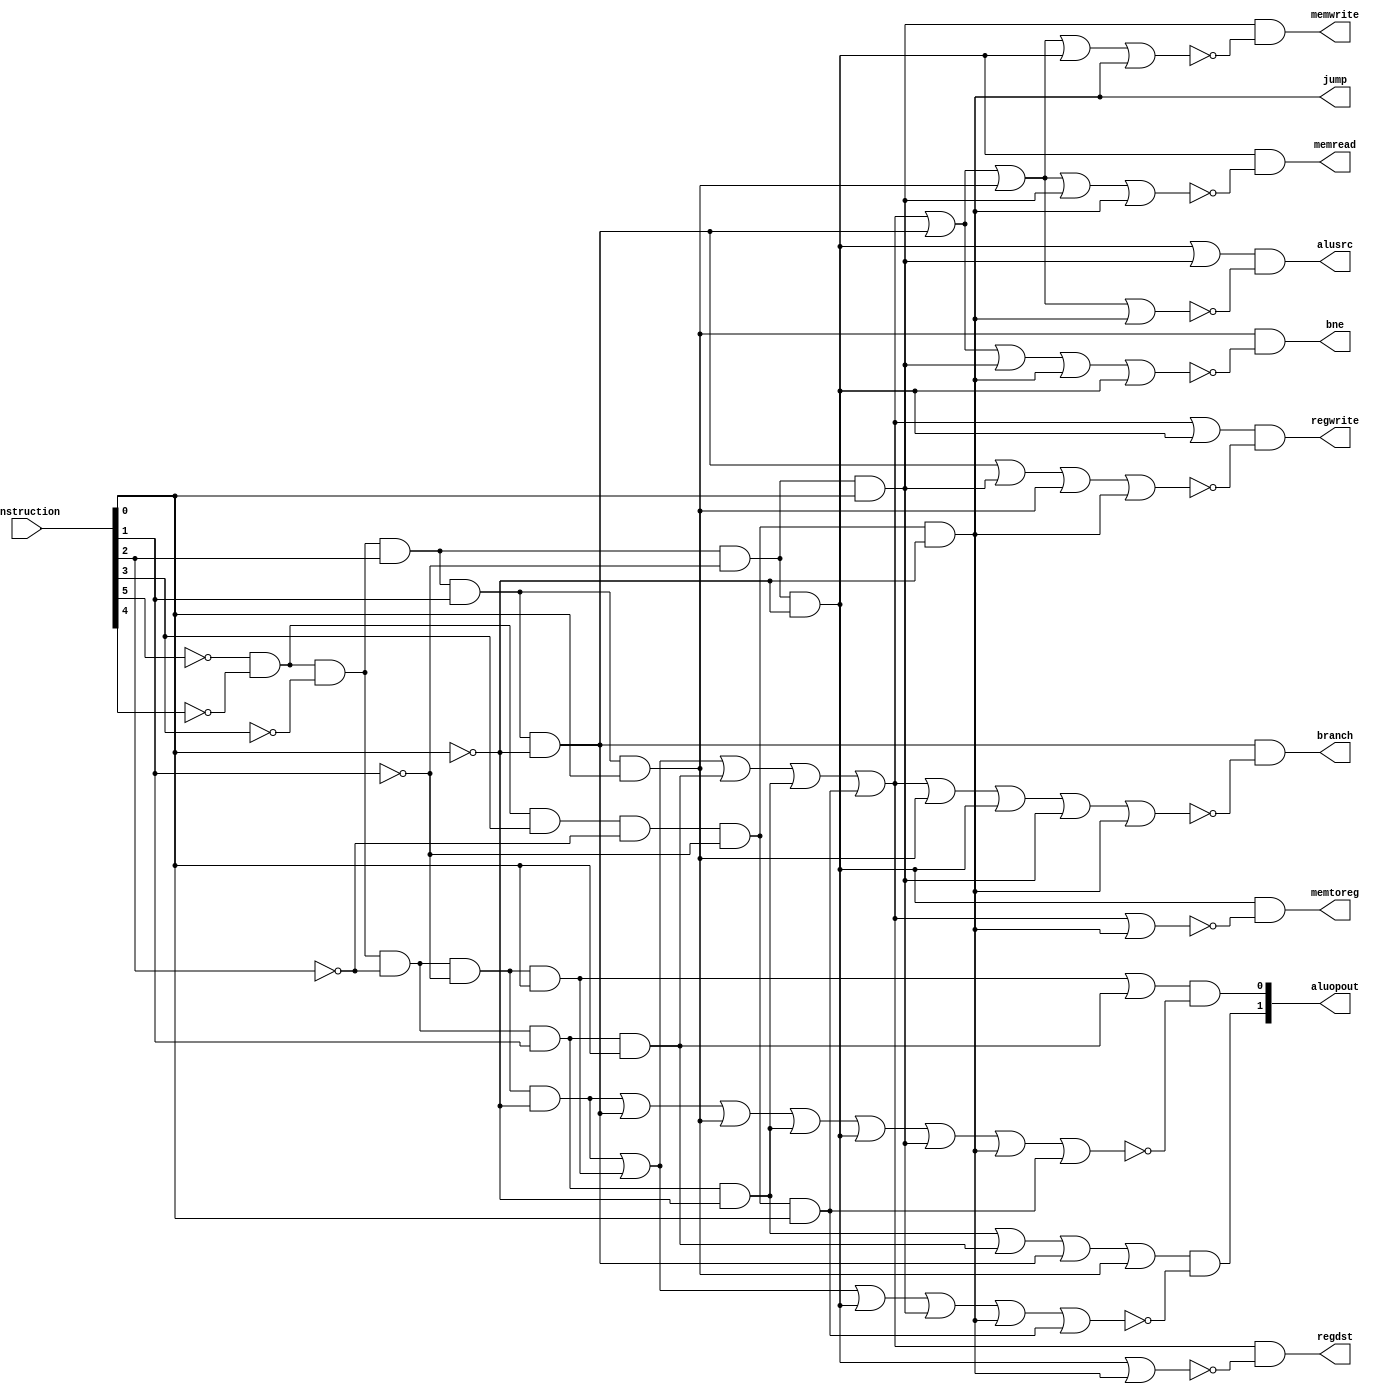
module controlunit (
   input wire [5:0] instruction,
   output wire regdst,
   output wire alusrc,
   output wire memtoreg,
   output wire regwrite,
   output wire memread,
   output wire memwrite,
   output wire branch,
   output wire [1:0] aluopout,
   output wire jump,
   output wire bne
	);

   wire add;
   wire sub;
   wire andop;
   wire orop;
   wire lw;
   wire sw;
   wire beq;
   wire bneop;
   wire jumpop;
   wire slt;
   wire aluop1;
   wire aluop0;

   assign add = ~instruction[5] & ~instruction[4] & ~instruction[3] &
                ~instruction[2] & ~instruction[1] & ~instruction[0];

   assign sub = ~instruction[5] & ~instruction[4] & ~instruction[3] &
                ~instruction[2] & ~instruction[1] & instruction[0];

   assign andop = ~instruction[5] & ~instruction[4] & ~instruction[3] &
                  ~instruction[2] & instruction[1] & ~instruction[0];

   assign orop = ~instruction[5] & ~instruction[4] & ~instruction[3] &
                 ~instruction[2] & instruction[1] & instruction[0];

   assign lw = ~instruction[5] & ~instruction[4] & ~instruction[3] &
               instruction[2] & ~instruction[1] & ~instruction[0];

   assign sw = ~instruction[5] & ~instruction[4] & ~instruction[3] &
               instruction[2] & ~instruction[1] & instruction[0];

   assign beq = ~instruction[5] & ~instruction[4] & ~instruction[3] &
                instruction[2] & instruction[1] & ~instruction[0];

   assign bneop = ~instruction[5] & ~instruction[4] & ~instruction[3] &
                  instruction[2] & instruction[1] & instruction[0];

   assign jumpop = ~instruction[5] & ~instruction[4] & instruction[3] &
                   ~instruction[2] & ~instruction[1] & ~instruction[0];

   assign slt = ~instruction[5] & ~instruction[4] & instruction[3] &
                ~instruction[2] & ~instruction[1] & instruction[0];

   assign regdst = (add | sub | orop | andop | slt) & ~(lw | jumpop);
   assign alusrc = (lw | sw) & ~((add | sub | orop | andop | slt) | beq | bneop | jumpop);
   assign memtoreg = lw & ~((add | sub | orop | andop | slt) | jumpop);
   assign regwrite = (add | sub | orop | andop | slt | lw) & ~(beq | sw | bneop | jumpop);
   assign memread = lw & ~((add | sub | orop | andop | slt) | beq | bneop | sw | jumpop);
   assign memwrite = sw & ~((add | sub | orop | andop | slt) | beq | bneop | lw | jumpop);
   assign branch = beq & ~((add | sub | orop | andop | slt) | bneop | lw | sw | jumpop);

   assign aluop1 = (andop | orop | beq | bneop) & ~(add | sub | lw | sw | jumpop | slt);
   assign aluop0 = (sub | orop) & ~(add | beq | bneop | andop | lw | sw | jumpop | slt);

   assign aluopout[0] = aluop0;
   assign aluopout[1] = aluop1;

   assign bne = bneop & ~((add | sub | orop | andop | slt) | beq | sw | jumpop | lw);
   assign jump = jumpop;

endmodule